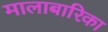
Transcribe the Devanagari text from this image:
मालाबारिका